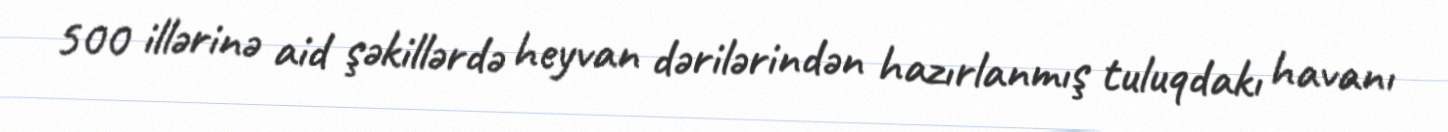
500 illərinə aid şəkillərdə heyvan dərilərindən hazırlanmış tuluqdakı havanı